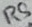
Text: R5